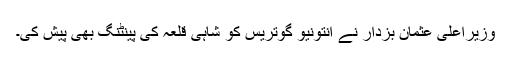
وزیراعلیٰ عثمان بزدار نے انتونیو گوتریس کو شاہی قلعہ کی پینٹنگ بھی پیش کی۔